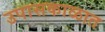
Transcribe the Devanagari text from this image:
उपासकाळात